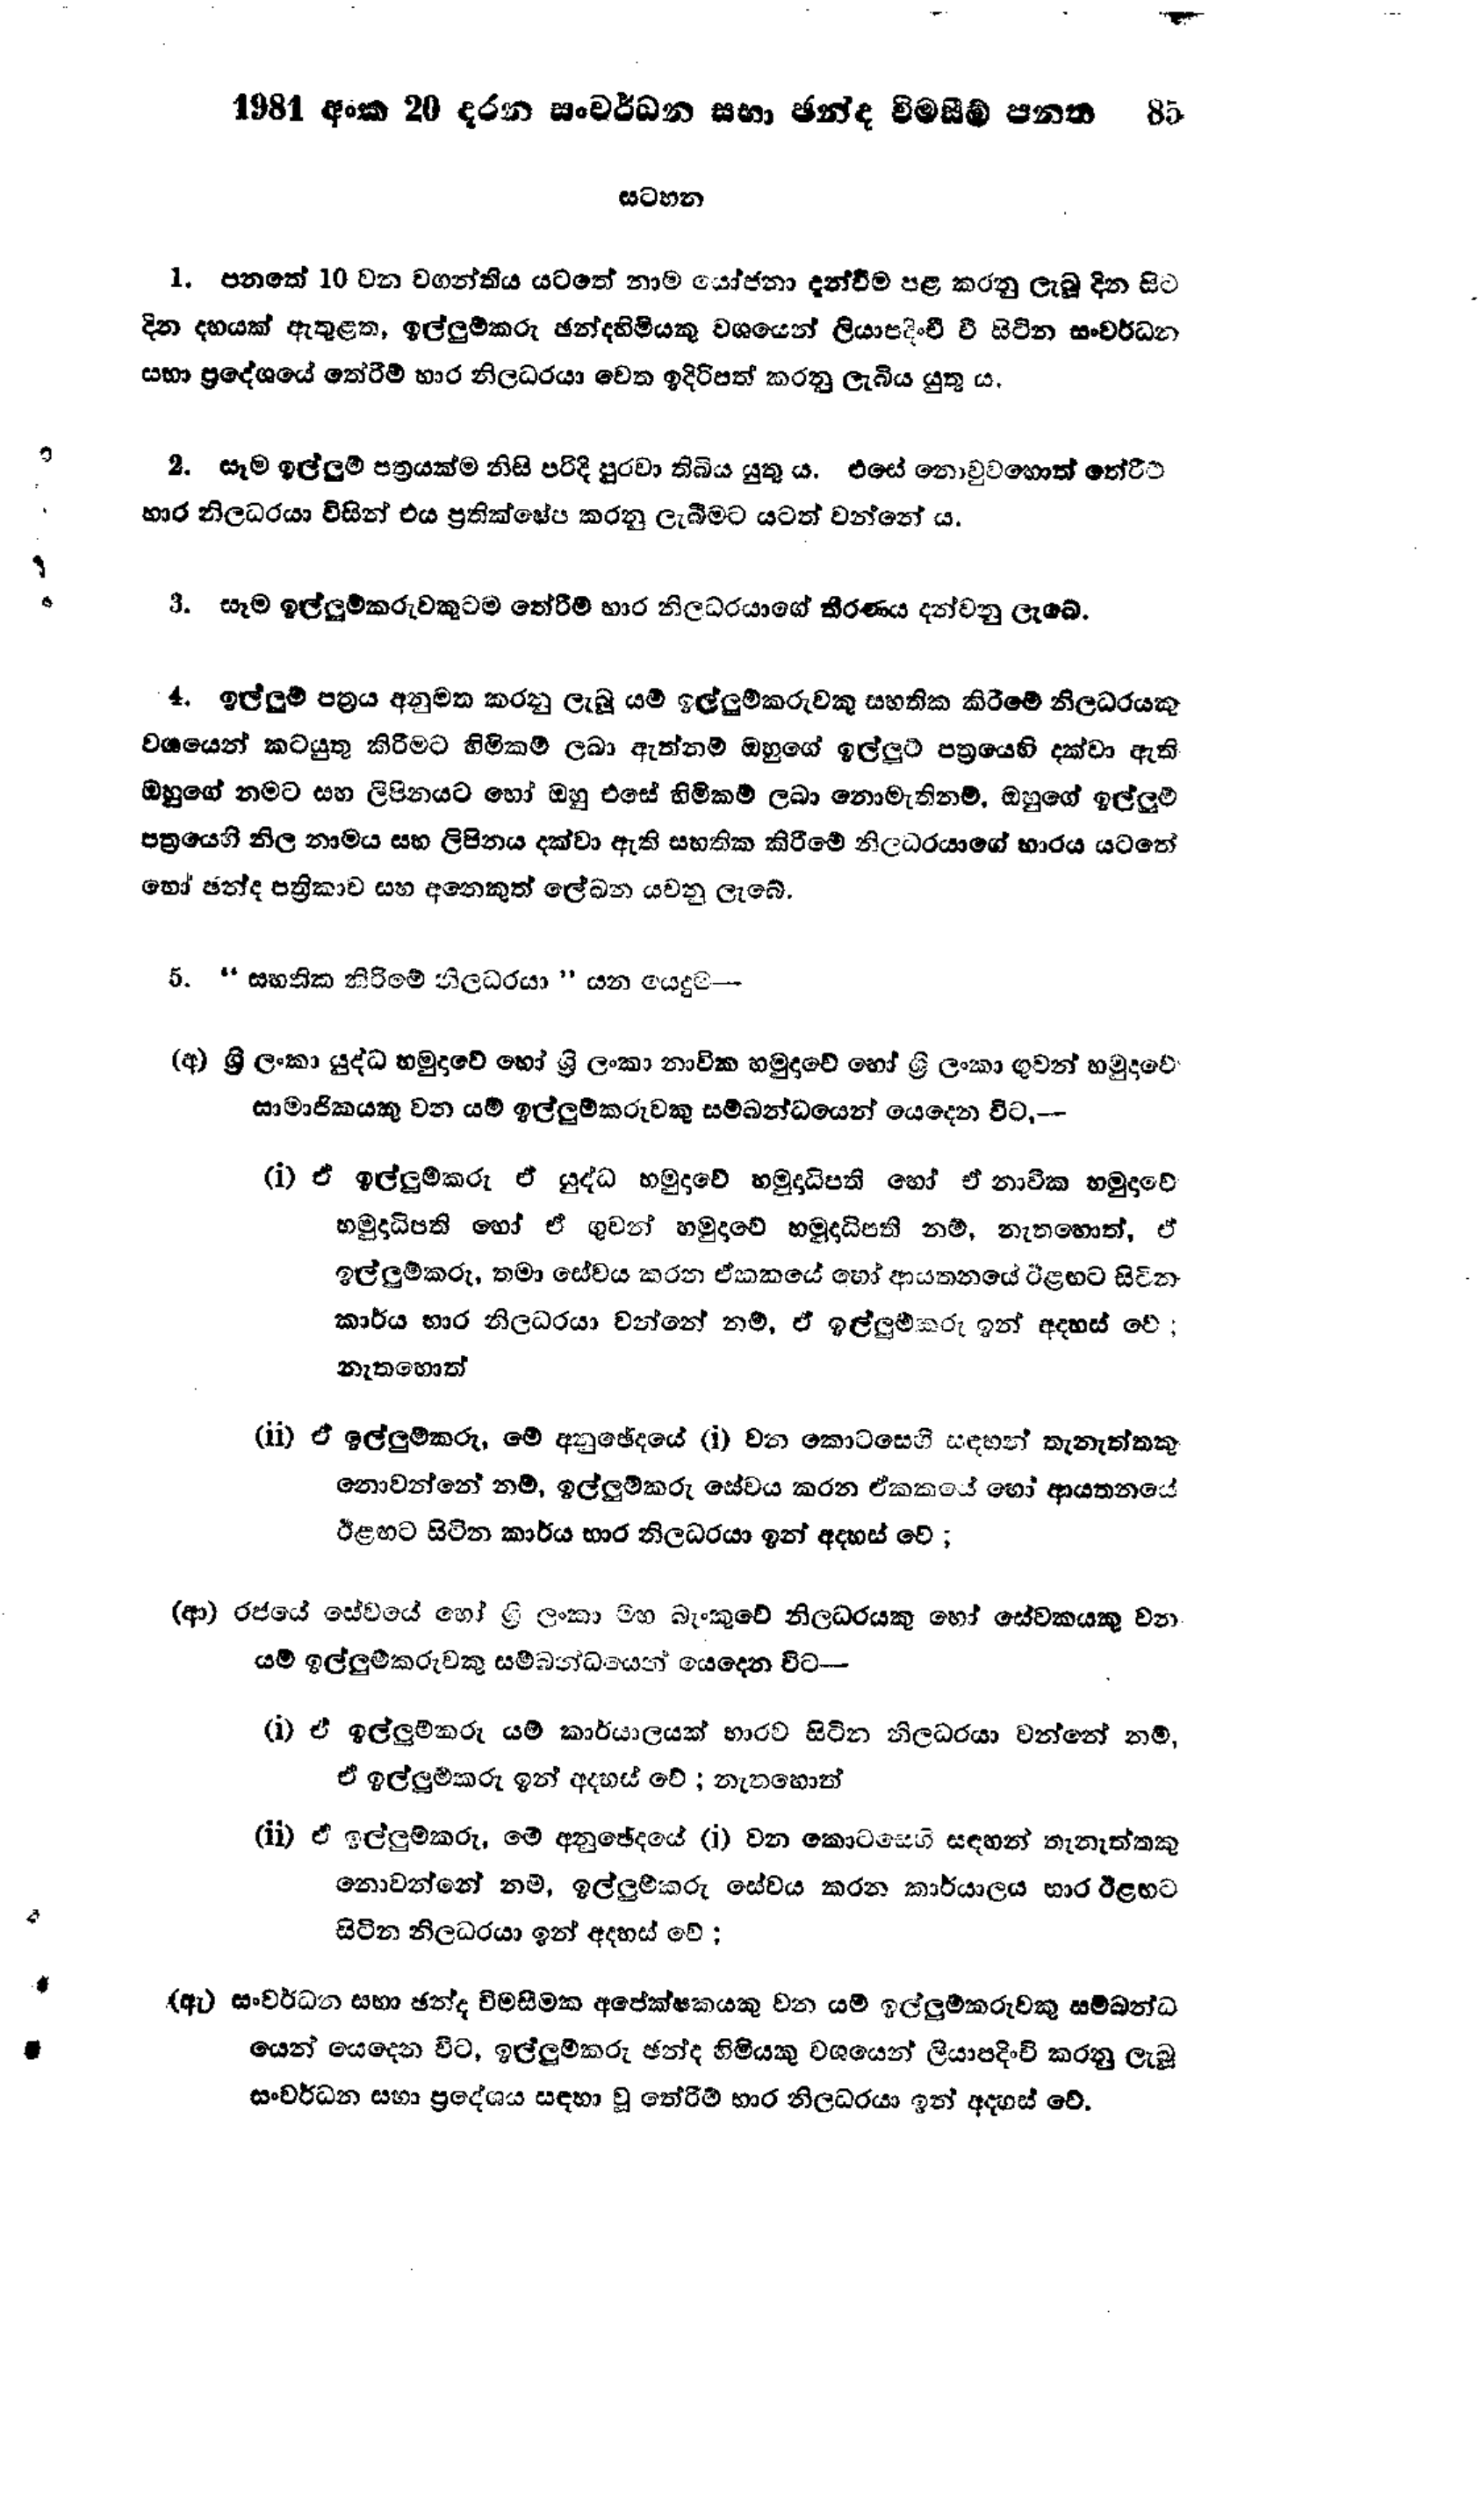
1981 අංක 20 දරන සංවර්ධන සභා ඡන්ද විමසීම් පනත  85

සටහන

1. පනතේ 10 වන වගන්තිය යටතේ නාම යෝජනා දැන්වීම පළ කරනු ලැබූ දින සිට
දින දහයක් ඇතුළත, ඉල්ලුම්කරු ඡන්දහිමියකු වශයෙන් ලියාපදිංචි වී සිටින සංවර්ධන
සභා ප්‍රදේශයේ තේරීම් භාර නිලධරයා වෙත ඉදිරිපත් කරනු ලැබිය යුතු ය.

2. සෑම ඉල්ලුම් පත්‍රයක්ම නිසි පරිදි පුරවා තිබිය යුතු ය. එසේ නොවුවහොත් තේරීම්
භාර නිලධරයා විසින් එය ප්‍රතික්ෂේප කරනු ලැබීමට යටත් වන්නේ ය.

3. සෑම ඉල්ලුම්කරුවකුටම තේරීම් භාර නිලධරයාගේ තීරණය දන්වනු ලැබේ.

4. ඉල්ලුම් පත්‍රය අනුමත කරනු ලැබූ යම් ඉල්ලුම්කරුවකු සහතික කිරීමේ නිලධරයකු
වශයෙන් කටයුතු කිරීමට හිමිකම් ලබා ඇත්නම් ඔහුගේ ඉල්ලූම් පත්‍රයෙහි දක්වා ඇති
ඔහුගේ නමට සහ ලිපිනයට හෝ ඔහු එසේ හිමිකම් ලබා නොමැතිනම්, ඔහුගේ ඉල්ලුම්
පත්‍රයෙහි නිල නාමය සහ ලිපිනය දක්වා ඇති සහතික කිරීමේ නිලධරයාගේ භාරය යටතේ
හෝ ඡන්ද පත්‍රිකාව සහ අනෙකුත් ලේඛන යවනු ලැබේ.

5. "සහතික කිරීමේ නිලධරයා"යන යෙදුම -

(අ) ශ්‍රී ලංකා යුද්ධ හමුදාවේ හෝ ශ්‍රී ලංකා නාවික හමුදාවේ හෝ ශ්‍රී ලංකා ගුවන් හමුදාවේ
සාමාජිකයකු වන යම් ඉල්ලුම්කරුවකු සම්බන්ධයෙන් යෙදෙන විට-

(i) ඒ ඉල්ලුම්කරු ඒ යුද්ධ හමුදාවේ හමුදාධිපති හෝ ඒ නාවික හමුදාවේ
හමුදාධිපති හෝ ඒ ගුවන් හමුදාවේ හමුදාධිපති නම්, නැතහොත්, ඒ
ඉල්ලුම්කරු, තමා සේවය කරන ඒකකයේ හෝ ආයතනයේ ඊළඟට සිටින
කාර්ය භාර නිලධරයා වන්නේ නම්, ඒ ඉල්ලුම්කරු ඉන් අදහස් වේ;
නැතහොත්

(ii) ඒ ඉල්ලුම්කරු, මේ අනුඡේදයේ (i) වන කොටසෙහි සඳහන් තැනැත්තකු
නොවන්නේ නම්, ඉල්ලුම්කරු සේවය කරන ඒකකයේ හෝ ආයතනයේ
ඊළඟට සිටින කාර්ය භාර නිලධරයා ඉන් අදහස් වේ;

(ආ) රජයේ සේවයේ හෝ ශ්‍රී ලංකා මහ බැංකුවේ නිලධරයකු හෝ සේවකයකු වන
යම් ඉල්ලුම්කරුවකු සම්බන්ධයෙන් යෙදෙන විට-

(i) ඒ ඉල්ලුම්කරු යම් කාර්යාලයක් භාරව සිටින නිලධරයා වන්නේ නම්,
ඒ ඉල්ලුම්කරු ඉන් අදහස් වේ; නැතහොත්

(i) ඒ ඉල්ලුම්කරු, මේ අනුඡේදයේ (i) වන කොටසෙහි සඳහන් තැනැත්තකු
නොවන්නේ නම්, ඉල්ලුම්කරු සේවය කරන කාර්යාලය භාර ඊළඟට
සිටින නිලධරයා ඉන් අදහස් වේ;

(ඇ) සංවර්ධන සභා ඡන්ද විමසීමක අපේක්ෂකයකු වන යම් ඉල්ලුම්කරුවකු සම්බන්ධ
යෙන් යෙදෙන විට ඉල්ලුම්කරු ඡන්ද හිමියකු වශයෙන් ලියාපදිංචි කරනු ලැබූ
සංවර්ධන සභා ප්‍රදේශය සඳහා වූ තේරීම් භාර නිලධරයා ඉන් අදහස් වේ.